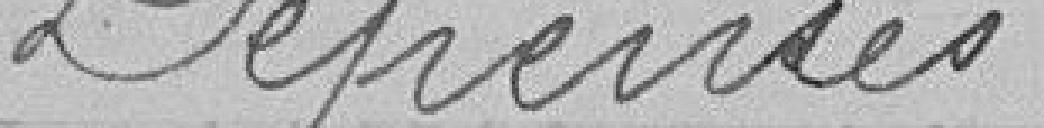
Dépenses